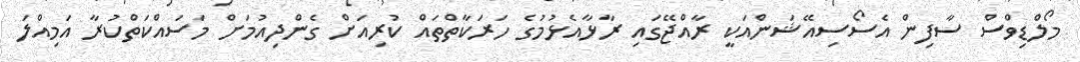
މޯލްޑިވްސް ސާފިން އެސޯސިއޭޝަންއަކީ ރާއްޖޭގައި ރާޅާއެޅުމުގެ ހަރަކާތްތައް ކުރިއަށް ގެންދިއުމަށް މަސައްކަތްކުރާ އަމިއްލަ